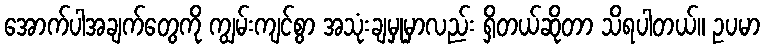
အောက်ပါအချက်တွေကို ကျွမ်းကျင်စွာ အသုံးချမှုမှာလည်း ရှိတယ်ဆိုတာ သိရပါတယ်။ ဥပမာ